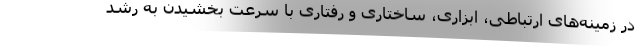
در زمینه‌های ارتباطی، ابزاری، ساختاری و رفتاری با سرعت بخشیدن به رشد